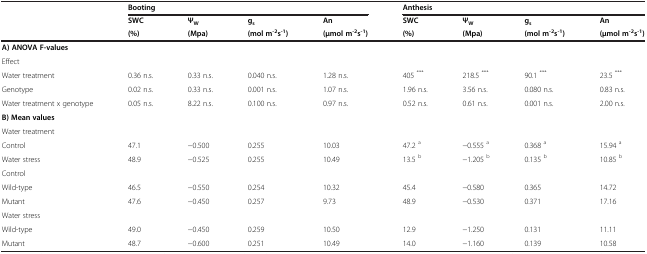
<table><thead><tr><td><b> </b></td><td colspan="4"><b>Booting</b></td><td colspan="4"><b>Anthesis</b></td></tr><tr><td rowspan="2"><b> </b></td><td><b>SWC</b></td><td><b>Ψ<sub>W</sub></b></td><td><b>g<sub>s</sub></b></td><td><b>An</b></td><td><b>SWC</b></td><td><b>Ψ<sub>W</sub></b></td><td><b>g<sub>s</sub></b></td><td><b>An</b></td></tr><tr><td><b>(%)</b></td><td><b>(Mpa)</b></td><td><b>(mol m<sup>-2 </sup>s<sup>-1</sup>)</b></td><td><b>(μmol m<sup>-2 </sup>s<sup>-1</sup>)</b></td><td><b>(%)</b></td><td><b>(Mpa)</b></td><td><b>(mol m<sup>-2 </sup>s<sup>-1</sup>)</b></td><td><b>(μmol m<sup>-2 </sup>s<sup>-1</sup>)</b></td></tr></thead><tbody><tr><td colspan="9"><b>A) ANOVA F-values</b></td></tr><tr><td>Effect</td><td> </td><td> </td><td> </td><td> </td><td> </td><td> </td><td> </td><td> </td></tr><tr><td>Water treatment</td><td>0.36 n.s.</td><td>0.33 n.s.</td><td>0.040 n.s.</td><td>1.28 n.s.</td><td>405 <sup>***</sup></td><td>218.5 <sup>***</sup></td><td>90.1 <sup>***</sup></td><td>23.5 <sup>***</sup></td></tr><tr><td>Genotype</td><td>0.02 n.s.</td><td>0.33 n.s.</td><td>0.001 n.s.</td><td>1.07 n.s.</td><td>1.96 n.s.</td><td>3.56 n.s.</td><td>0.080 n.s.</td><td>0.83 n.s.</td></tr><tr><td>Water treatment x genotype</td><td>0.05 n.s.</td><td>8.22 n.s.</td><td>0.100 n.s.</td><td>0.97 n.s.</td><td>0.52 n.s.</td><td>0.61 n.s.</td><td>0.001 n.s.</td><td>2.00 n.s.</td></tr><tr><td colspan="9"><b>B) Mean values</b></td></tr><tr><td colspan="9">Water treatment</td></tr><tr><td>Control</td><td>47.1</td><td>-0.500</td><td>0.255</td><td>10.03</td><td>47.2 <sup>a</sup></td><td>-0.555 <sup>a</sup></td><td>0.368 <sup>a</sup></td><td>15.94 <sup>a</sup></td></tr><tr><td>Water stress</td><td>48.9</td><td>-0.525</td><td>0.255</td><td>10.49</td><td>13.5 <sup>b</sup></td><td>-1.205 <sup>b</sup></td><td>0.135 <sup>b</sup></td><td>10.85 <sup>b</sup></td></tr><tr><td colspan="9">Control</td></tr><tr><td>Wild-type</td><td>46.5</td><td>-0.550</td><td>0.254</td><td>10.32</td><td>45.4</td><td>-0.580</td><td>0.365</td><td>14.72</td></tr><tr><td>Mutant</td><td>47.6</td><td>-0.450</td><td>0.257</td><td>9.73</td><td>48.9</td><td>-0.530</td><td>0.371</td><td>17.16</td></tr><tr><td colspan="9">Water stress</td></tr><tr><td>Wild-type</td><td>49.0</td><td>-0.450</td><td>0.259</td><td>10.50</td><td>12.9</td><td>-1.250</td><td>0.131</td><td>11.11</td></tr><tr><td>Mutant</td><td>48.7</td><td>-0.600</td><td>0.251</td><td>10.49</td><td>14.0</td><td>-1.160</td><td>0.139</td><td>10.58</td></tr></tbody></table>